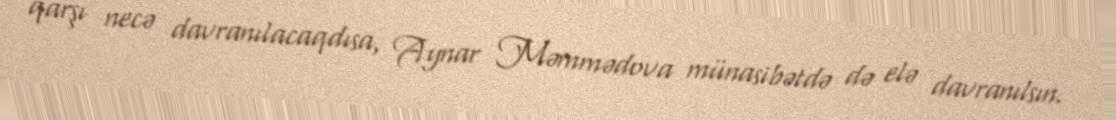
qarşı necə davranılacaqdısa, Aynar Məmmədova münasibətdə də elə davranılsın.